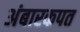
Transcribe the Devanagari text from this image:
अंबारकपत